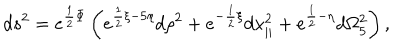
d s ^ { 2 } = e ^ { { \frac { 1 } { 2 } } \Phi } \left( e ^ { { \frac { 1 } { 2 } } \xi - 5 \eta } d \rho ^ { 2 } + e ^ { - { \frac { 1 } { 2 } } \xi } d x _ { | | } ^ { 2 } + e ^ { { \frac { 1 } { 2 } } - \eta } d \Omega _ { 5 } ^ { 2 } \right) ,